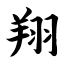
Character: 翔